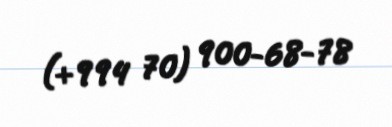
(+994 70) 900-68-78